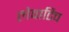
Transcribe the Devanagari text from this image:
लेवाटिच